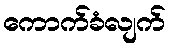
ကောက်ခံလျက်